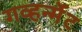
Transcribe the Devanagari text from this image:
गव्हर्न्मेंट